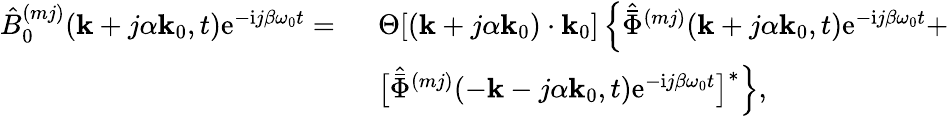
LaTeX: \begin{array}{rl}{\hat{B}_{0}^{(mj)}(\mathbf{k}+j\alpha\mathbf{k}_{0},t)\mathrm{e}^{-\mathrm{i}j\beta\omega_{0}t}=~}&{\Theta[(\mathbf{k}+j\alpha\mathbf{k}_{0})\cdot\mathbf{k}_{0}]\left\{ \hat{\bar{\Phi}}^{(mj)}(\mathbf{k}+j\alpha\mathbf{k}_{0},t)\mathrm{e}^{-\mathrm{i}j\beta\omega_{0}t}+\right.}\\ &{\left.\big[\hat{\bar{\Phi}}^{(mj)}(-\mathbf{k}-j\alpha\mathbf{k}_{0},t)\mathrm{e}^{-\mathrm{i}j\beta\omega_{0}t}\big]^{*}\right\} ,}\end{array}